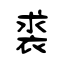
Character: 裘